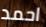
احمد